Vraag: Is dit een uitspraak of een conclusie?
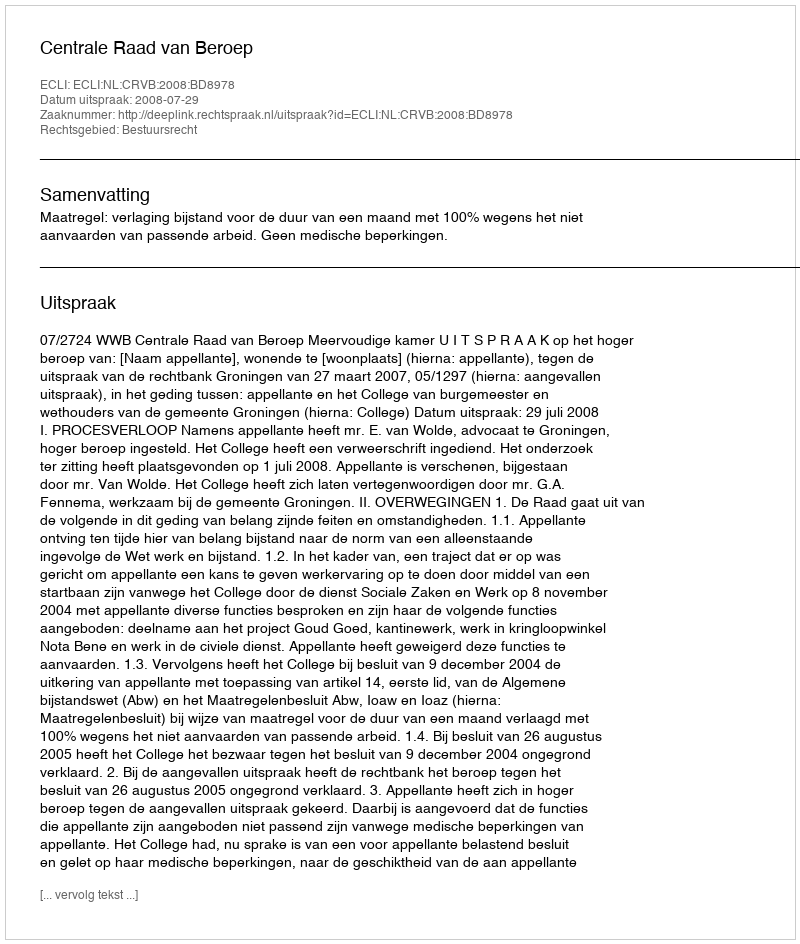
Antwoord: Uitspraak